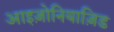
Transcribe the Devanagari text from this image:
आइज़ोनियाज़िड